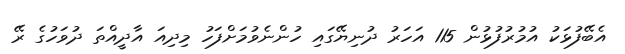
އެބޭފުޅަކު އުމުރުފުޅުން 115 އަހަރު ދުނިޔޭގައި ހުންނެވުމަށްފަހު މިދިއަ އާދީއްތަ ދުވަހުގެ ރޭ